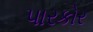
પારકોર